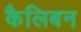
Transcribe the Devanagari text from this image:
कैलिबन